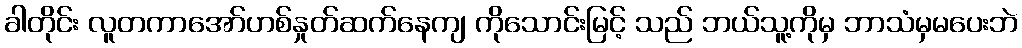
ခါတိုင်း လူတကာအော်ဟစ်နှုတ်ဆက်နေကျ ကိုသောင်းမြင့် သည် ဘယ်သူ့ကိုမှ ဘာသံမှမပေးဘဲ